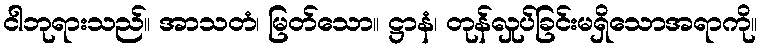
ငါဘုရားသည်။ အာသတံ၊ မြတ်သော။ ဋ္ဌာနံ၊ တုန်လှုပ်ခြင်းမရှိသောအရာကို။